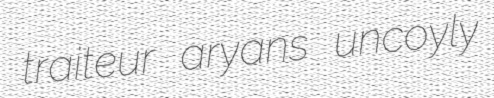
traiteur aryans uncoyly